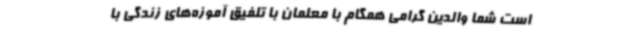
است شما والدین گرامی همگام با معلمان با تلفیق آموزه‌های زندگی با